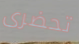
تحضرى